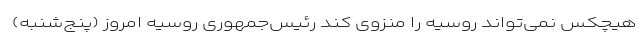
هیچکس نمی‌تواند روسیه را منزوی کند رئیس‌جمهوری روسیه امروز (پنج‌شنبه)